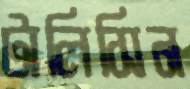
টালিসিন